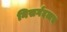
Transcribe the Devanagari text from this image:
निसर्गदत्तच